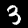
Label: 3